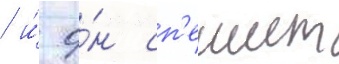
/ и́ о́н сп'ешит